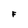
Character: F